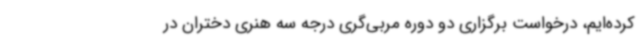
کرده‌ایم، درخواست برگزاری دو دوره مربی‌گری درجه سه هنری دختران در